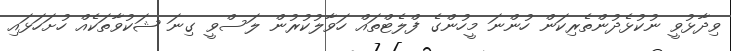
ވިދާޅުވީ ނުކުޅެދުންތެރިކަން ހުންނަ މީހުންގެ ފްލެޓްތައް ހަވާލުކުރުން ލަސްވީ ގިނަ ޝަކުވާތަކެއް ހުށަހަޅައި